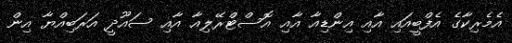
އެމެރިކާގެ އެފްބީއައި އާއި އިންޑިއާ އާއި އޮސްޓްރޭލިއާ އާއި ސައޫދީ އަރަބިއްޔާ އިން